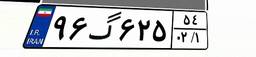
۲۴گ۲۲۴۲۷